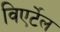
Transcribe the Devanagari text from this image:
विएर्टेल